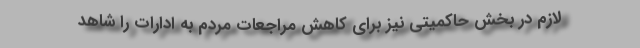
لازم در بخش حاکمیتی نیز برای کاهش مراجعات مردم به ادارات را شاهد